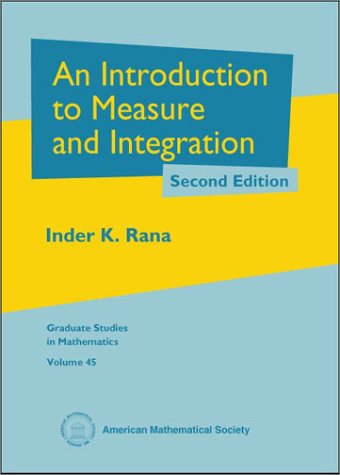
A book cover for An Introduction to Measure and Integration (Graduate Studies in Mathematics); Inder K. Rana; Science & Math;